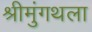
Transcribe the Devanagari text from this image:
श्रीमुंगथला